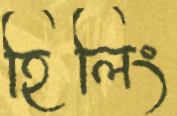
হিলিং